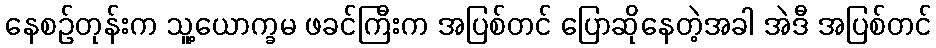
နေစဉ်တုန်းက သူ့ယောက္ခမ ဖခင်ကြီးက အပြစ်တင် ပြောဆိုနေတဲ့အခါ အဲဒီ အပြစ်တင်